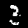
Label: 3